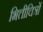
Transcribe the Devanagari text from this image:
भित्तीचित्रों